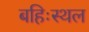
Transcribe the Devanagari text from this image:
बहिःस्थल